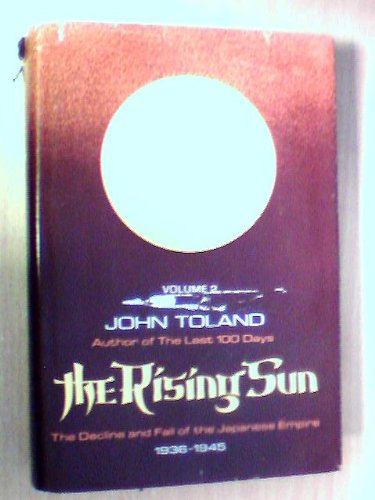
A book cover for The Rising Sun: The Decline and Fall of the Japanese Empire, 1936-1945, Vol. 2; John Toland; Biographies & Memoirs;